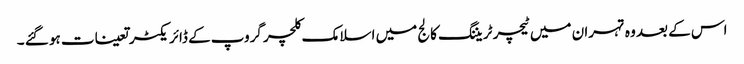
اس کے بعد وہ تہران میں ٹیچر ٹریننگ کالج میں اسلامک کلچر گروپ کے ڈائریکٹر تعینات ہو گئے ۔